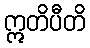
ဣတိပီတိ